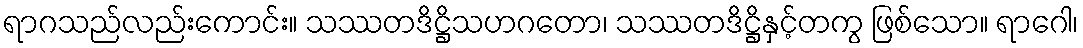
ရာဂသည်လည်းကောင်း။ သဿတဒိဋ္ဌိသဟဂတော၊ သဿတဒိဋ္ဌိနှင့်တကွ ဖြစ်သော။ ရာဂေါ၊